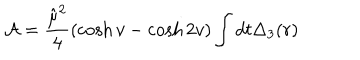
{ \cal A } = \frac { \hat { \mu } ^ { 2 } } { 4 } \left( \cosh v - \cosh 2 v \right) \int d t \Delta _ { 3 } ( r )